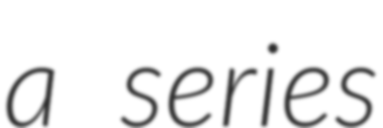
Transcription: a series